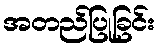
အတည်ပြုခြင်း